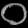
Digit: ၀